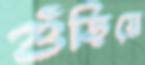
গুঁড়িয়ে